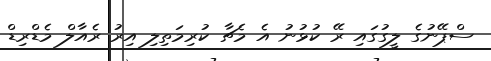
ސްޕޭނުގެ ލީގުގައި ރޭ ކުޅުނު އެ މެޗާ ކުރިމަތިލި އިރު ރެއާލް މެޑްރިޑް